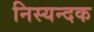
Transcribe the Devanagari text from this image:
निस्यन्दक